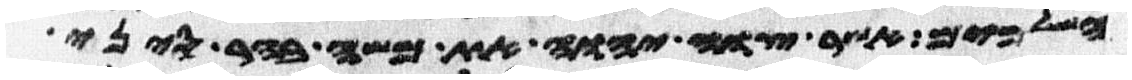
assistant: השלמים אשר צוה יהוה את משה בהר סיני